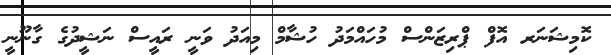
ކޮމިޝަނަރ އޮފް ޕްރިޒަންސް މުހައްމަދު ހުޝާމް މިއަދު ވަނީ ރައީސް ނަޝީދުގެ ގާނޫނީ